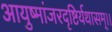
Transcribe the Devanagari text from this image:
आयुष्मांजरदृष्टिर्यथासम्।।